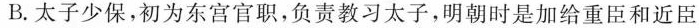
B.太子少保，初为东宫官职，负责教习太子，明朝时是加给重臣和近臣